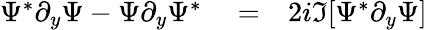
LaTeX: \begin{array}{rlr}{\Psi^{*}\partial_{y}\Psi-\Psi\partial_{y}\Psi^{*}}&{{}=}&{2i\Im[\Psi^{*}\partial_{y}\Psi]}\end{array}